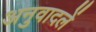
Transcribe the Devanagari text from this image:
अनुवादलें